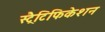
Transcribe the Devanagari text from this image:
स्ट्रैटिफिकेशन